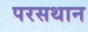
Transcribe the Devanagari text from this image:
परसथान